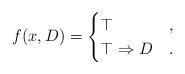
LaTeX: \begin{align*}f(x,D)=\begin{cases}\top & , \\\top \Rightarrow D & .\end{cases}\end{align*}